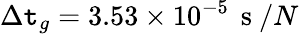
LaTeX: \Delta\mathtt{t}_{g}=3.53\times10^{-5}\, \mathrm{{~s~}}/N